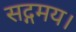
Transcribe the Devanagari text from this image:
सद्गमय।